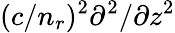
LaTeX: (c/n_{r})^{2}\partial^{2}/\partial z^{2}